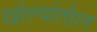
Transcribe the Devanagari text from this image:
खोल्यांतील